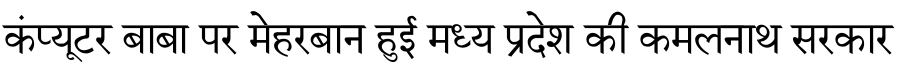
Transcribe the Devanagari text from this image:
कंप्यूटर बाबा पर मेहरबान हुई मध्य प्रदेश की कमलनाथ सरकार